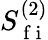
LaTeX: S_{\mathrm{~f~i~}}^{(2)}